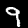
Label: 9